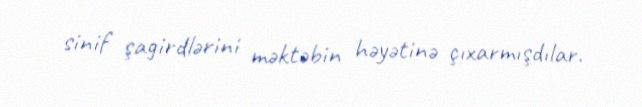
sinif şagirdlərini məktəbin həyətinə çıxarmışdılar.